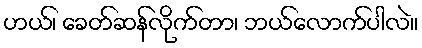
ဟယ်၊ ခေတ်ဆန်လိုက်တာ၊ ဘယ်လောက်ပါလဲ။